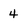
Character: 4